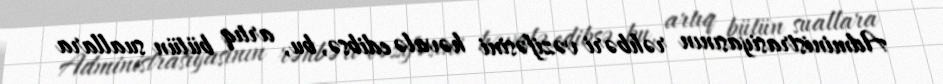
Administrasiyasının rəhbəri vəzifəsini həvalə edibsə, bu, artıq bütün suallara